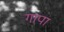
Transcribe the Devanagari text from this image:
गापा